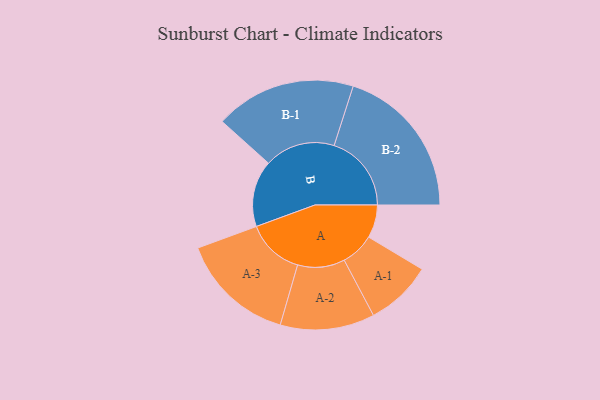
{"axis": {"x": "Segment", "y": "Value"}, "legend": ["", "A", "B"], "data": [{"x": "A", "y": 122, "type": ""}, {"x": "B", "y": 245, "type": ""}, {"x": "A-1", "y": 123, "type": "A"}, {"x": "A-2", "y": 174, "type": "A"}, {"x": "A-3", "y": 212, "type": "A"}, {"x": "B-1", "y": 260, "type": "B"}, {"x": "B-2", "y": 285, "type": "B"}]}